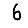
Digit: 6